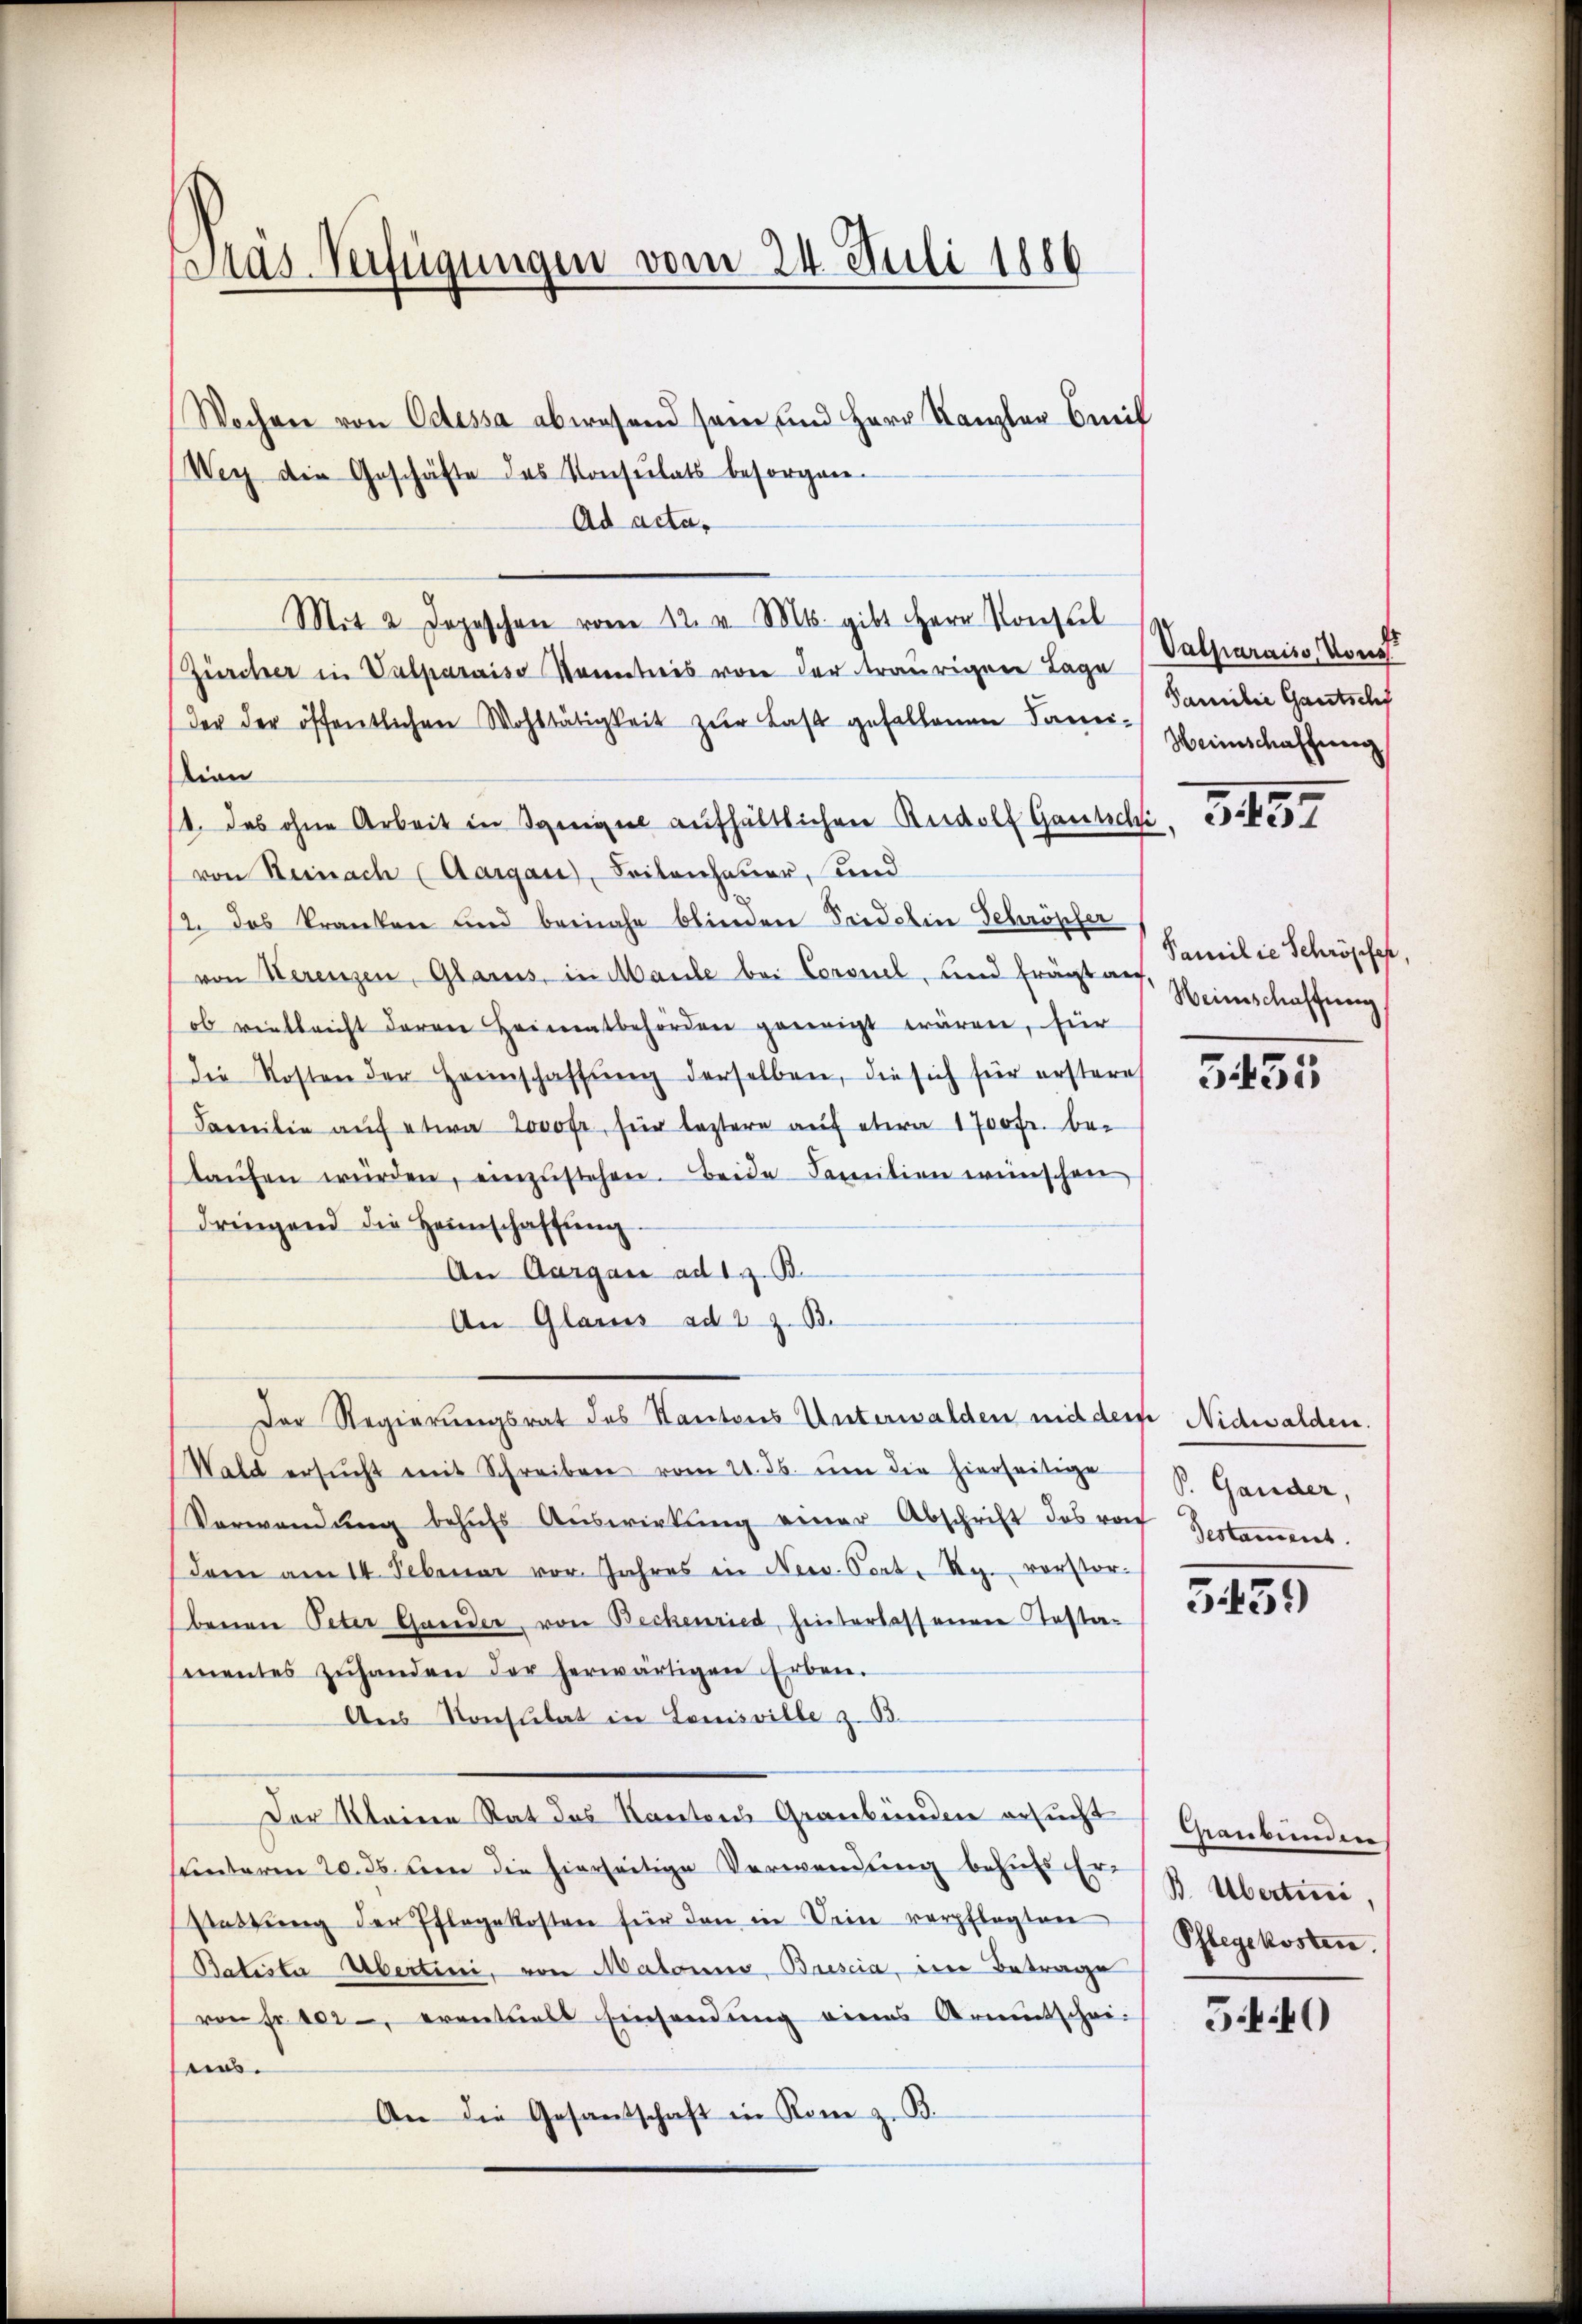
Pas Verfügungen vom 24. Juli 1886

Wochen von Odessa abwesend sein und Herr Kanzler mit
Wey die Geschäfte des Konsulats besorgen.
Ad acta,
Mit 2 Jopeschen vom 12. v. Mts. gibt Herr Konstel
Zürcher in Valparaiso kanntnis von der traurigen Tage
(der der öffentlichen Wohltätigkeit zur Last gefallenen Fami-
tion
14. das ohne Arbeit in Sangel aufhältlichen Rudolf Gautschi,
von Steinach (Aargau), Leitenhauer, und
d
12. das kranken und beinahe blinden Seidelin Schröpfer
von Kerenzen, Glarus, in Maule bei Coronel, und frägt auf
ob vielleicht daran Heimatbehörden geneigt wären, für
die Kosten der Herinschaffŭng derselben, die sich für erstere
Familie auf etwa Lovofe, für leztere auf etwa 1700 Fr. belaŭfen würden, einzŭstehen. Beide Familien wünschen
dringend die Heimschaffŭng.
An Aargau ad 1. z. B.
An Glarus ad 2. z. B.
Der Regierungsrat des Kantons Unterwalden mit der Nidwalden.
Wald ersŭcht mit Schreiben vom 21. ds. ŭm die hierseitige
Verwendŭng behŭfs Aŭswirkŭng einer Abschrift des vo
dem am 14. Februar vor. Jahres in Nerv. Cort, Rg. verstor-
benen Peter Gander, von Beckenried, hinterlassenen Testamnentes zŭhanden der herwärtigen Erben.
Ans Konsulat in Louisville 363.
Der Kleine Rat des Kantons Graubünden ersucht
hunterm 20. ds. den die hierseitige Verwendung behufs Er¬
Stattŭng der Pflegekosten für den in Dein verpflegten
Batista abertini, von Matonno-Brescia eine Betrage
(von Fr. 202 eventuell Einsendung eines Armutschei-
ei.
An die Gesandschaft in Rom z. B.

Valparaiss, Konst
Familie Gautschf
Weinschaffung

Familie Schröpfer,
Weinschaffung

3431

S. Gander,
Testament.

5439

henbunden
B. Übertrici,
Pflegekosten.

5.40